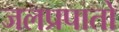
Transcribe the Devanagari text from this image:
जलप्रपातो